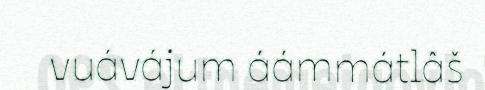
vuávájum áámmátlâš